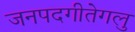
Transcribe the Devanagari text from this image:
जनपदगीतेगलु